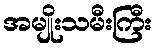
အမျိုးသမီးကြီး